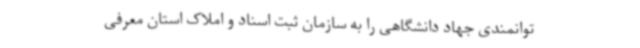
توانمندی جهاد دانشگاهی را به سازمان ثبت اسناد و املاک استان معرفی